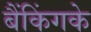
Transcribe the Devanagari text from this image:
बैंकिंगके